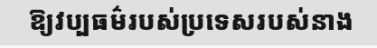
ឱ្យវប្បធម៌របស់ប្រទេសរបស់នាង